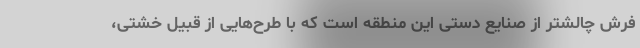
فرش چالشتر از صنایع دستی این منطقه است که با طرح‌هایی از قبیل خشتی،